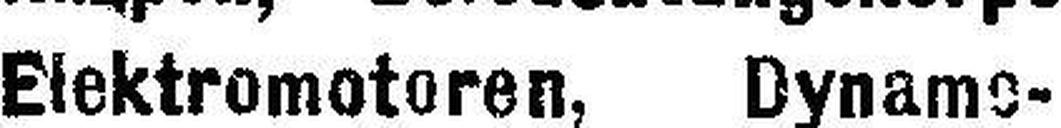
Elektromotoren, Dyname¬